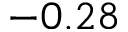
- 0 . 2 8